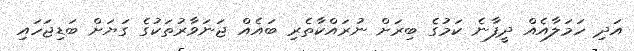
އަދި ހަމަލާއެއް ދީފާނެ ކަމުގެ ބިރަށް ނުރައްކާތެރި ބައެއް ޖަނަވާރުތަކުގެ ގަޔަށް ބަޑިޖަހައި